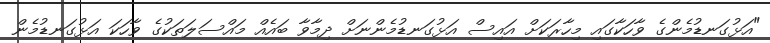
"އަޅުގަނޑުމެންގެ ވާހަކާގައި މިހާރަކަށް އައިސް އަޅުގަނޑުމެންނަށް ދިމާވާ ބައެއް މައްސަލަތަކުގެ ވާހަކަ އަޅުގަނޑުމެން